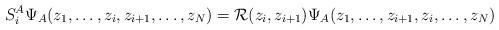
LaTeX: \begin{align*}S^A_i \Psi_{A} (z_1,\dots,z_i,z_{i+1},\dots,z_N)={\cal R}(z_i, z_{i+1}) \Psi_{A} (z_1,\dots,z_{i+1},z_{i},\dots,z_N)\end{align*}